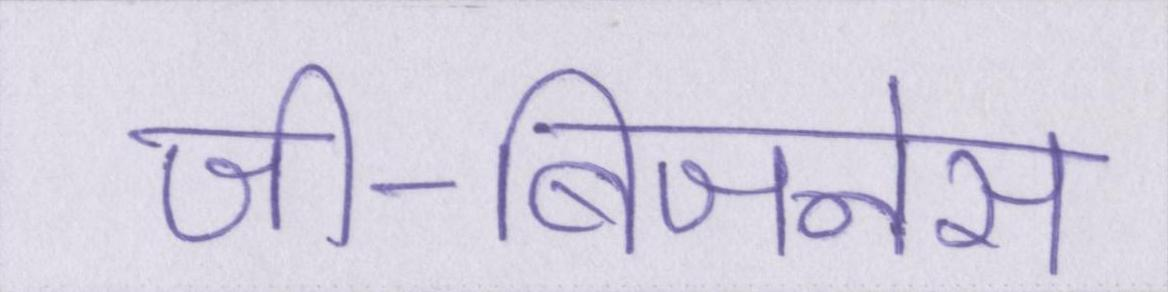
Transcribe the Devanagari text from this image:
जी-बिजनेस